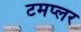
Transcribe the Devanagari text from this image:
टमप्लर